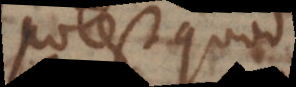
potest quod